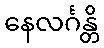
နေလင်္ဂန္တိ